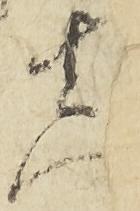
真